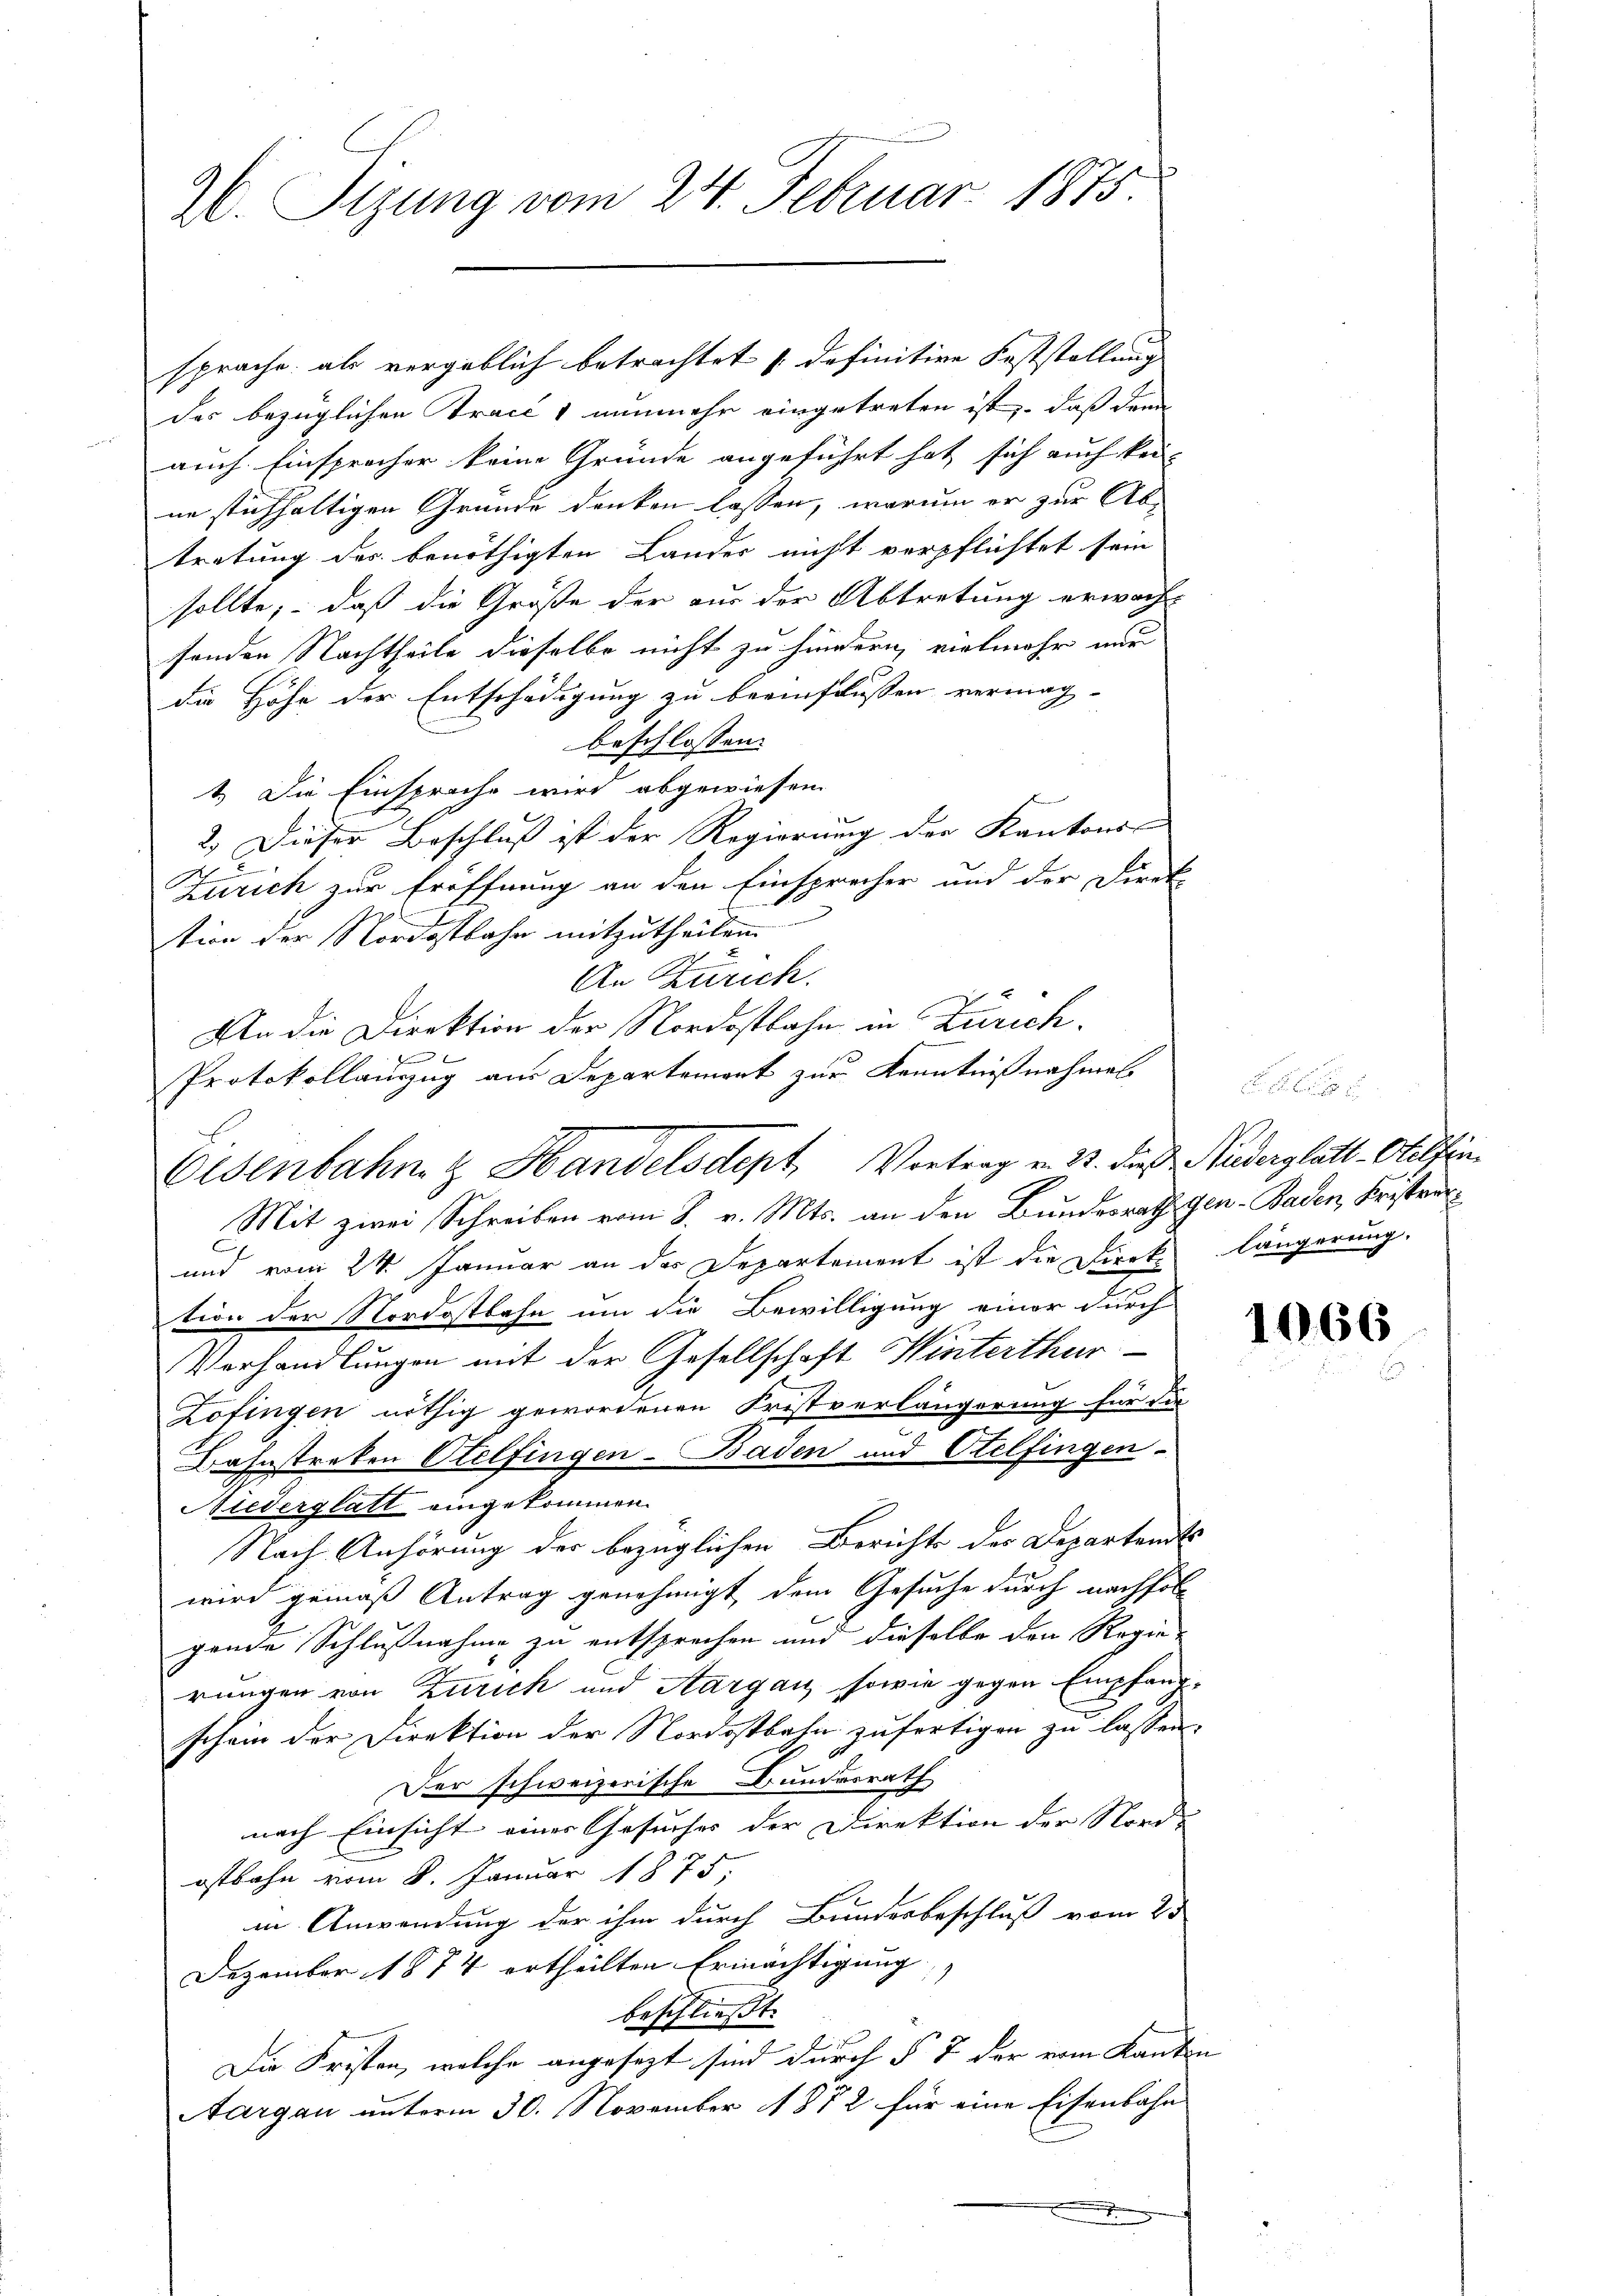
96. Sizung vom 24. Februar 1875.

sprache, als vergeblich betrachtet (definitive Feststellung
des bezüglichen Traces nunmehr eingetreten ist, daß dann
auch Einsprecher keine Gründe angeführt hat sich auch kei-
ne stichhaltigen Grunde denken lassen, warum er zur Abtretung des benöthigten Lander nicht verpflichtet sein
sollte, daß die Größe der aus der Abtretung erwächt-
sonden Nachtheile dieselbe nicht zu hindern, vielmehr nur
die Höhe der Entschädigung zu beeinflussen vermag-
beschlossen:
1.) Die Einsprache wird abgewiesen.
2.) Dieser Beschluß ist der Regierung der Kantons-
x
.
Zürich zur Eröffnung an den Einsprecher und der Direk-
E
tion der Nordostbahn mitzutheilen.
An Zürich.
An die Direktion der Nordostbahn in Zürich.
Protokollauszug aus Departemort zur Kenntnißnahmess
Mit zwei Schreiben vom 8. v. Mts. an den Bundesrath gen - Baden, Kristver
und vom 24. Januar an der Departement ist die Dierke längerung.
tion der Nordostbahn um die Bewilligung einer durch
Verhandlungen mit der Gesellschaft Winterthur
Lofingen nöthig gewordenen Fristverlängerung für die
Bahnstreken Otelfingen–Baden und Otelfingen.
Nieverglatt eingekommen.
Nach Anhörung der bezüglichen Berichts der Departandts
wird gemäß Antrag genehmigt dem Gesuche durch nachfol
gende Schlußnahme zu entsprechen und dieselbe den Regie-
rungen von Zürich und Aargau, sowie gegen Empfangschein der Direktion der Nordostbahn zufertigen zu lassen.
Der schweizerische Bundesrath
nach Einsicht einer Gesuches der Direktion der Nord-
ostbahn vom 8. Januar 1875.
in Anwendung der ihm durch Bundesbeschluß vom 25
Dezember 1874 ertheilten Ermächtigung
beschließt:
Die Fristen, welche angesezt sind durch § 7 der vom Kanton
Aargau unterm 30. November 1872 für eine Eisenbahn
d

Eisenbahn & Handelsdept, Vortrag v. 23. dieß Ruderglatt-Otelfin

1066